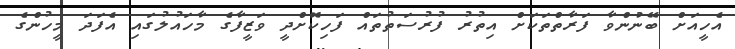
އެހީއަށް ބޭނުންވާ ފަރާތްތަކަށް އިތުރު ފުރުސަތުތައް ފަހިކޮށްދީ ވަޒީފާގެ މާހައުލުގައި އެފަދަ މީހުންގެ